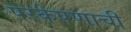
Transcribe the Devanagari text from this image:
परकेपणाची